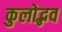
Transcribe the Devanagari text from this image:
कुलोद्भव